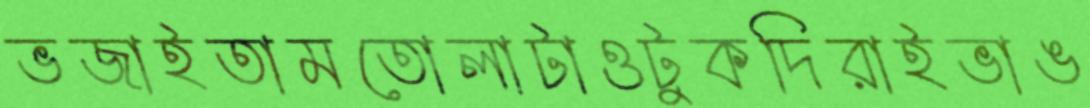
ভজাইতামতোলাটাওটুকদিরাইভাঙ